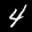
Label: 4